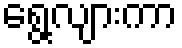
ရွေ့လျားကာ